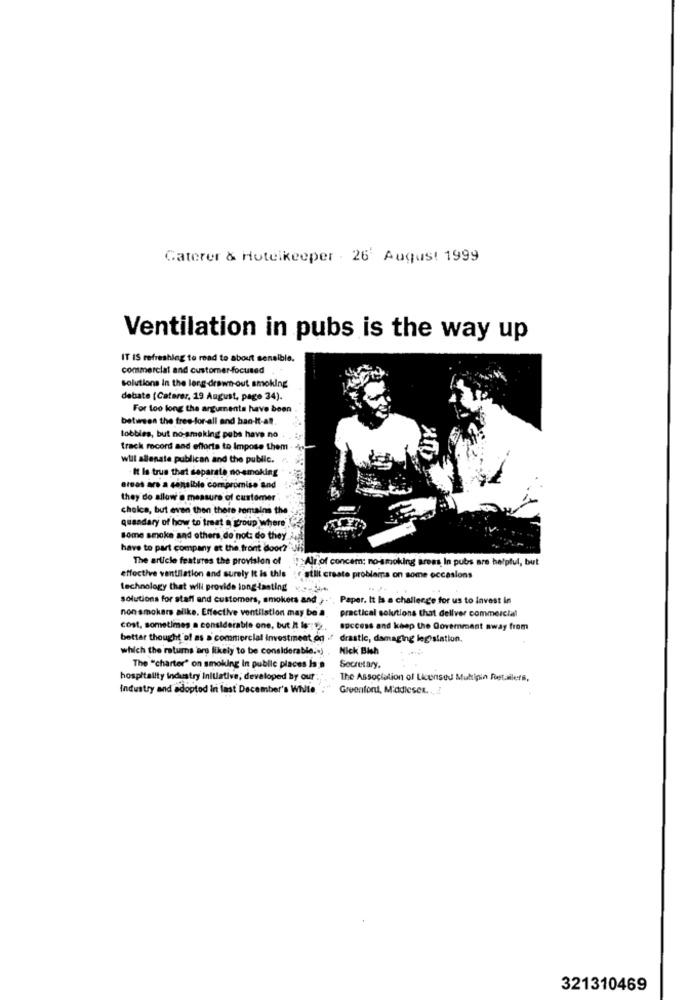
Caterer & Hotelkeeper . 26' August 1999
Ventilation in pubs is the way up
IT IS refreshing to road to about sensible.
commercial and customer-focused
solutions in the lerg-drawn-out smoking
debate (Caterer, 19 August, page 34).
For too long the arguments have been
between the free-for-all and ban-it-al.
lobbies, but no-smoking pubs have no .
track record and efforts to Impose them.
will silenate publican and the public. r.
It Is true that separate no-smoking
areas are a sensible compromise and
they do allow @ measure of customer.
Choice, but even then there remains the
quandary of how to treat a group where
Some smoke and others, do not: do they
have to part company at the front door?
The article features the provision of
Alr of concern; no-smoking areas In pubs are helpful, but
effective ventilation and surely it is this
stlit create problema on some occasions
technology that will provide long lasting v ......
solutions for staff and customers, smokers and ,., Paper. It Is a challenge for us to invest in
non smokers alike. Effective ventilation may be a
practical solutions that deliver commercial
cost. sometimes a considerable one, but It ls : s), success and keep the Goverment away from
better thought of as a commercial investment og ." drastic, damaging legislation.
which the ratums are likely to be considerable.«)
Mick Bish
The "charter" on smoking In public places Is
Secretary.
hospitality industry initative; developed by our
The Association of Licensed Multipin Retailers,
Industry and adopted in last December's WNie. :
Greenfont, M'adieser. ..:
321310469